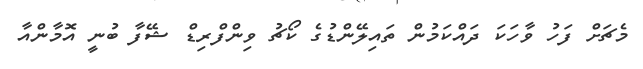
މެޗަށް ފަހު ވާހަކަ ދައްކަމުން ތައިލޭންޑުގެ ކޯޗު ވިންފްރިޑް ޝޭފާ ބުނީ އޮމާންއާ